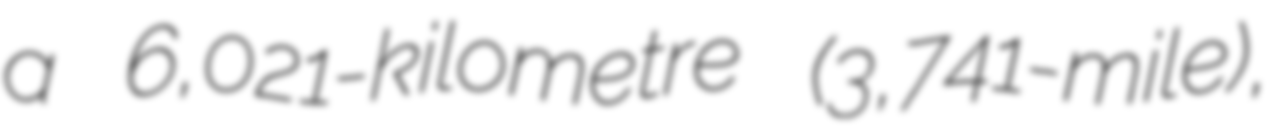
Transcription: a 6,021-kilometre (3,741-mile),